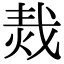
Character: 𤈮